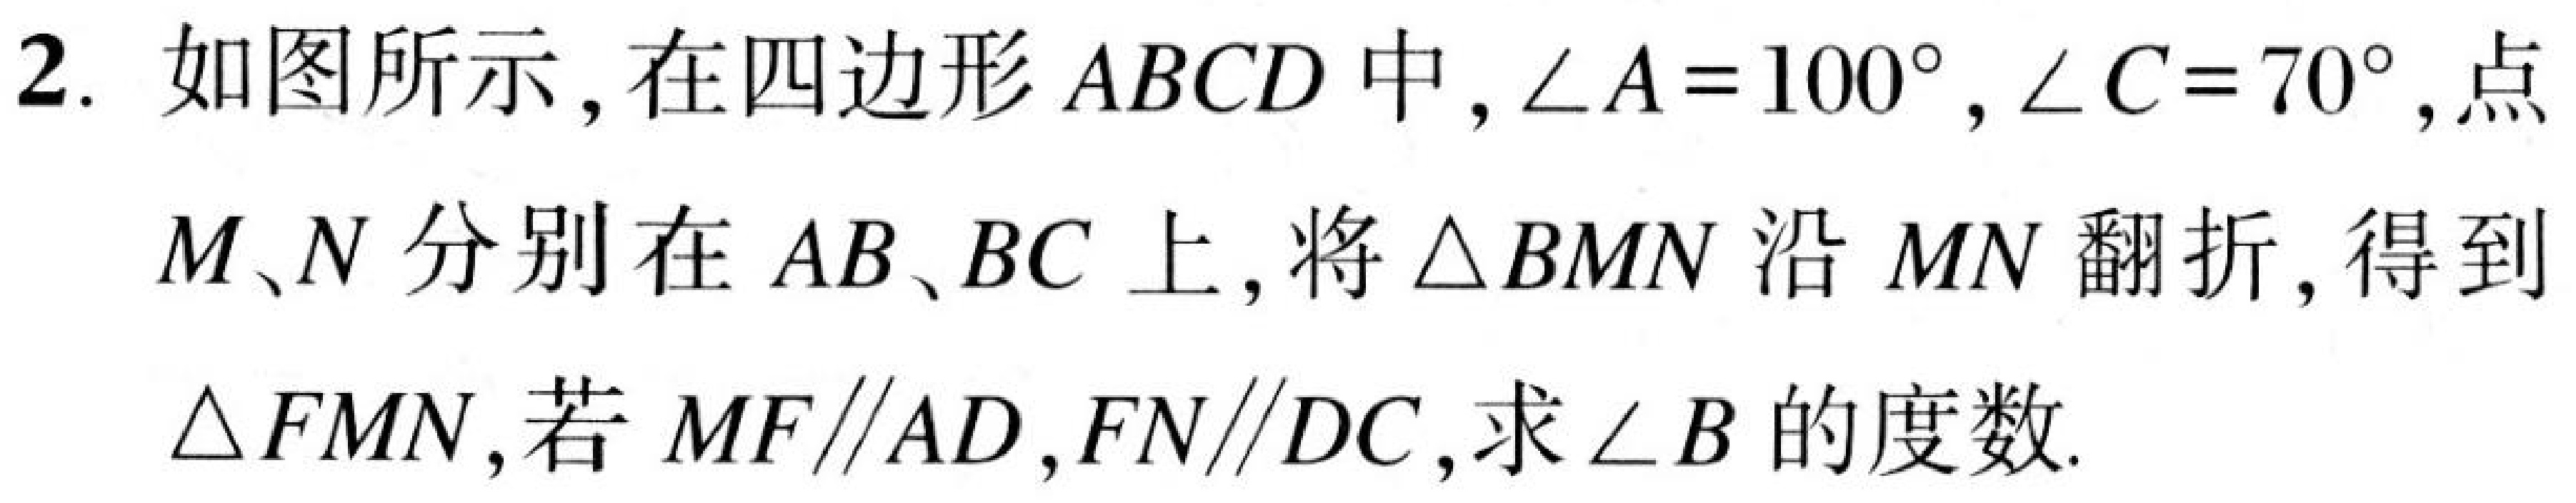
2. 如图所示，在四边形 \(ABCD\) 中，\(\angle A = 100^{\circ}\)，\(\angle C = 70^{\circ}\)，点 \(M、N\) 分别在 \(AB、BC\) 上，将 \(\triangle BMN\) 沿 \(MN\) 翻折，得到 \(\triangle FMN\)，若 \(MF\parallel AD\)，\(FN\parallel DC\)，求 \(\angle B\) 的度数.